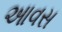
આવસ